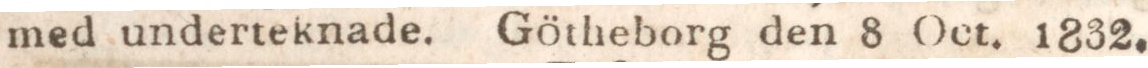
med underteknade. Götheborg den 8 Oct. 1832.